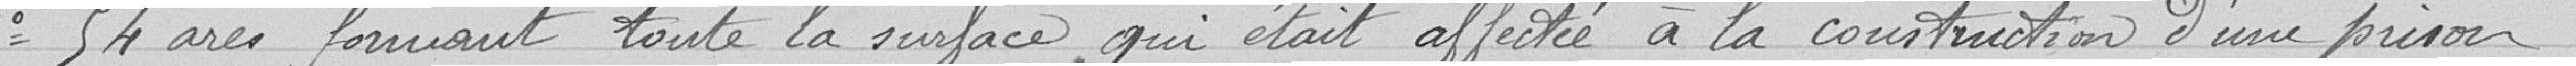
2° 54 ares formant toute la surface qui était affectée à la construction d'une prison